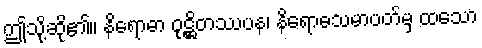
ဤသို့ဆို၏။ နိရောဓာ ဝုဋ္ဌိတဿပန၊ နိရောဓသမာပတ်မှ ထသော